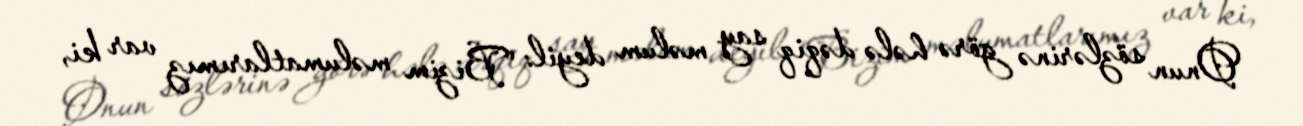
Onun sözlərinə görə hələ dəqiq say məlum deyil: "Bizim məlumatlarımız var ki,